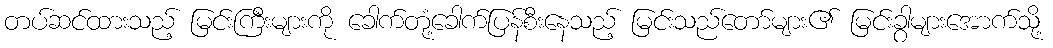
တပ်ဆင်ထားသည့် မြင်းကြီးများကို ခေါက်တုံ့ခေါက်ပြန်စီးနေသည့် မြင်းသည်တော်များ၏ မြင်းခွာများအောက်သို့